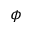
\phi